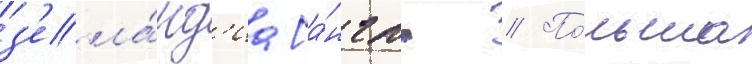
з'ела́нд'иа [а́нгл. // По́льша